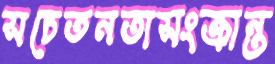
সচেতনতাসংক্রান্ত